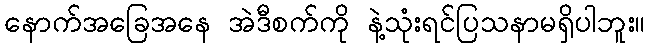
နောက်အခြေအနေ အဲဒီစက်ကို နဲ့သုံးရင်ပြသနာမရှိပါဘူး။